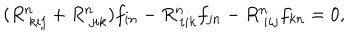
LaTeX: ( R _ { ~ k i j } ^ { n } + R _ { ~ j i k } ^ { n } ) f _ { i n } - R _ { ~ i i k } ^ { n } f _ { j n } - R _ { ~ i i j } ^ { n } f _ { k n } = 0 ,